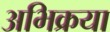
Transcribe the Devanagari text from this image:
अभिक्रया